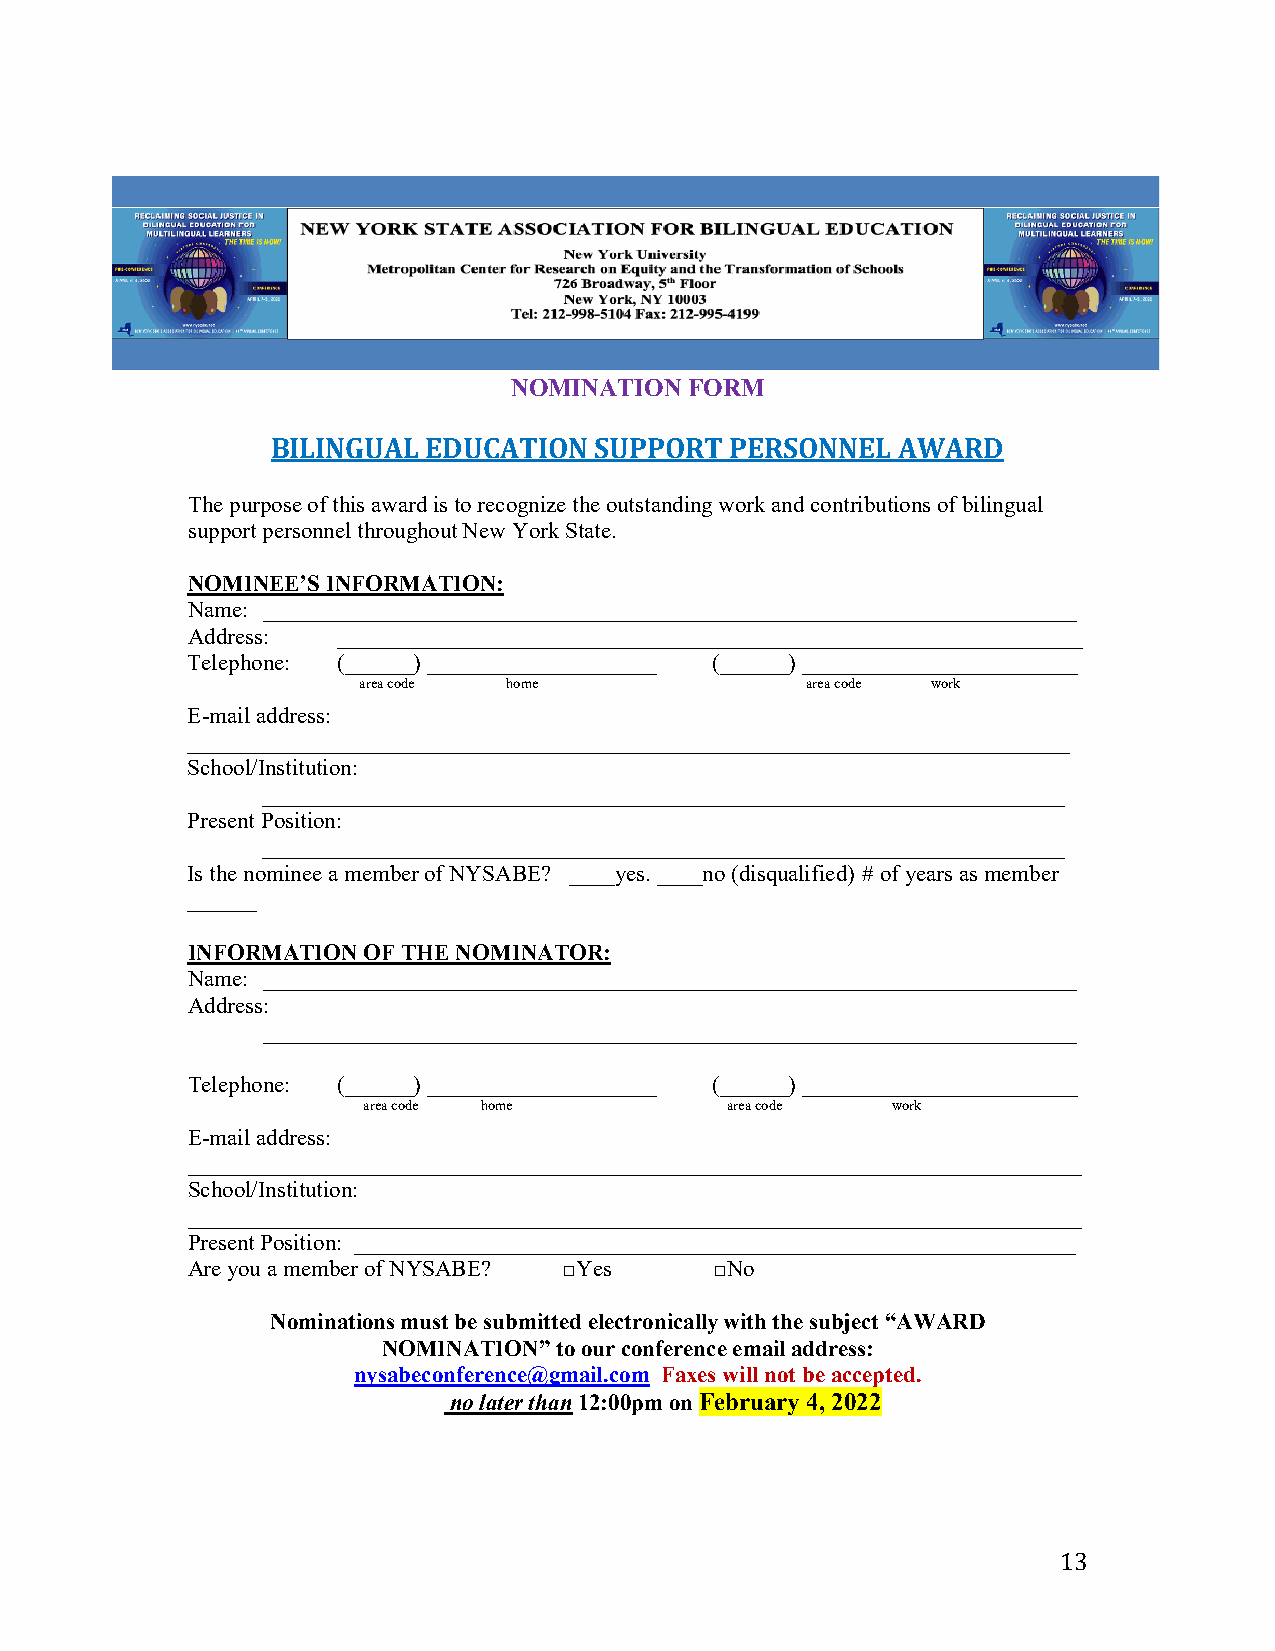
NOMINATION  FORM
 BILINGUAL EDUCATION  SUPPORT  PERSONNEL  AWARD
 The purpose of this award is to recognize the outstanding work and contributions of bilingual
 support personnel throughout New York State.
 NOMINEE’S INFORMATION:
 Name: _______________________________________________________________________
 Address:  _________________________________________________________________
 Telephone: (______) ____________________ (______) ________________________
 area code home               area code work
 E-mail address:
 _____________________________________________________________________________
 School/Institution:
 ______________________________________________________________________
 Present Position:
 ______________________________________________________________________
 Is the nominee a member of NYSABE? ____yes. ____no (disqualified) # of years as member
 ______
 INFORMATION OF THE NOMINATOR:
 Name: _______________________________________________________________________
 Address:
 _______________________________________________________________________
 Telephone: (______) ____________________ (______) ________________________
 area code home          area code  work
 E-mail address:
 ______________________________________________________________________________
 School/Institution:
 ______________________________________________________________________________
 Present Position: _______________________________________________________________
 Are you a member of NYSABE? □Yes   □No
 Nominations must be submitted electronically with the subject “AWARD
 NOMINATION” to our conference email address:
 nysabeconference@gmail.com Faxes will not be accepted.
 no later than 12:00pm on February 4, 2022
 13